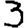
Digit: 3